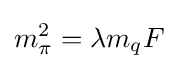
m_{\pi }^{2}=\lambda m_{q}F